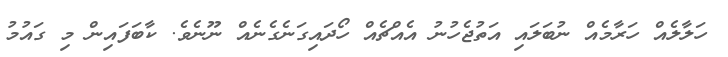
ހަލާލެއް ހަރާމެއް ނުބަލައި އަތުޖެހުނު އެއްޗެއް ހޯދައިގަނެގެނެއް ނޫނެވެ. ކާބަފައިން މި ގައުމު